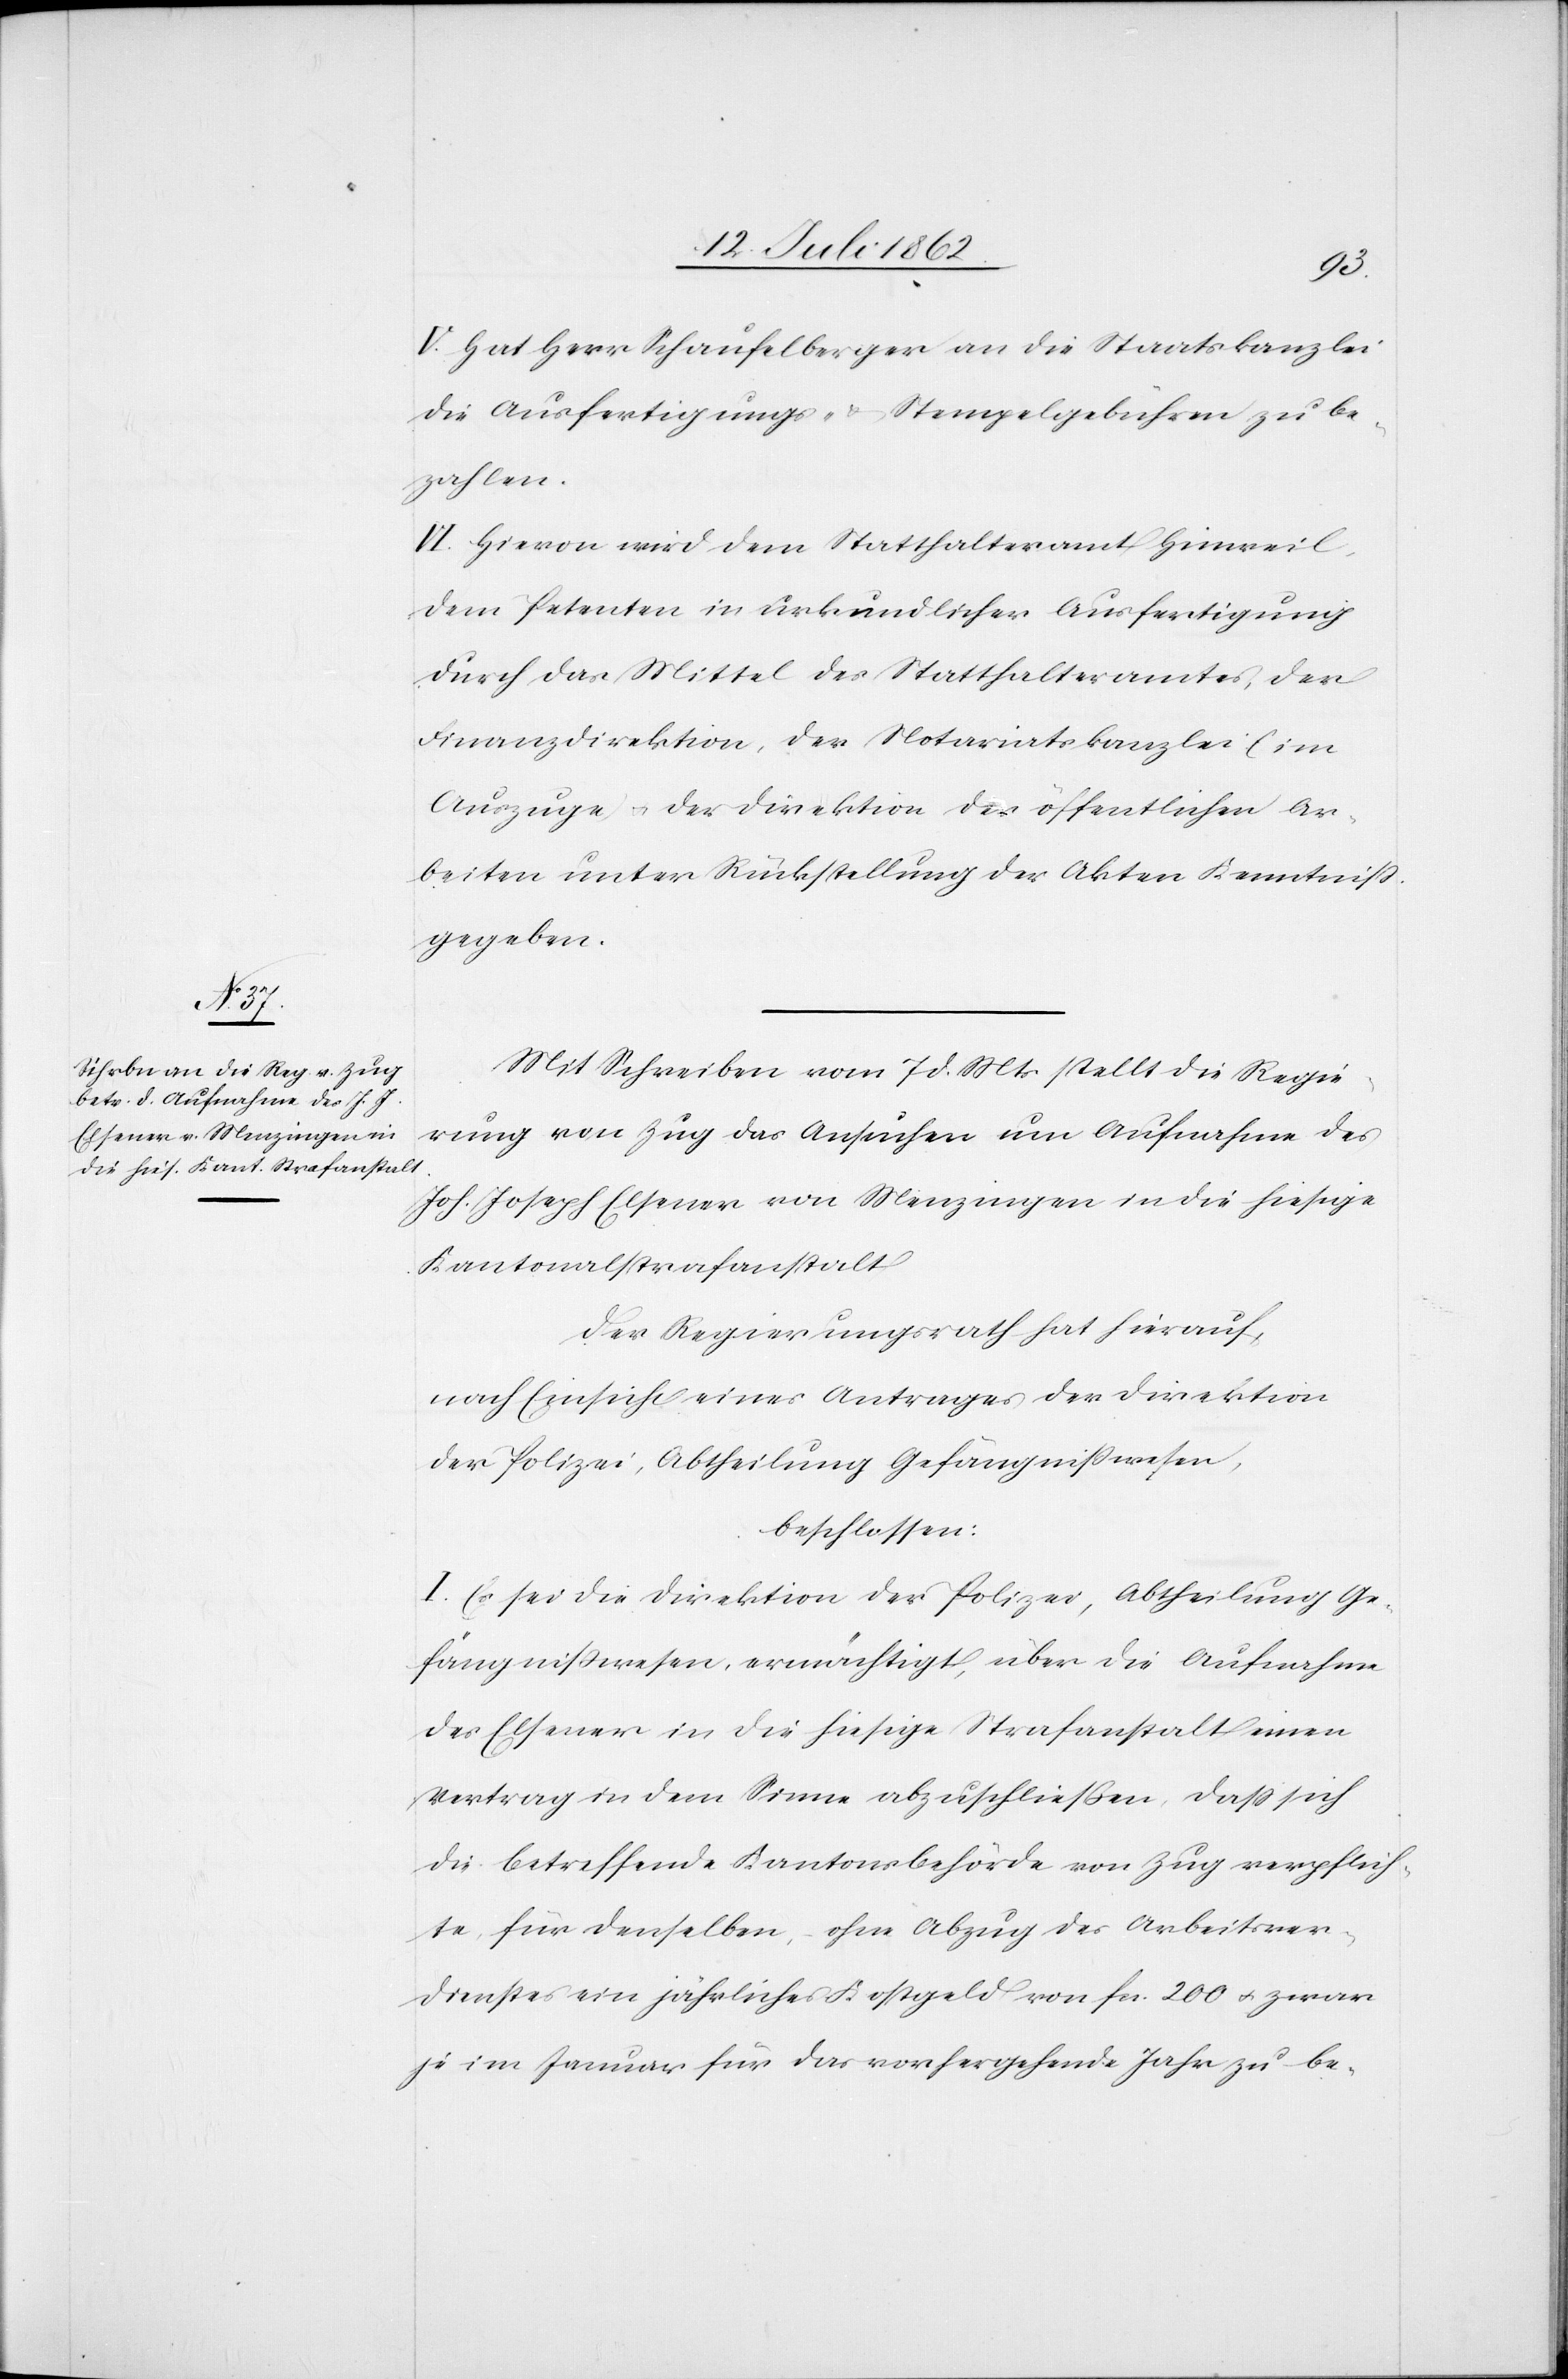
V. Hat Herr Schaufelberger an die Staatskanzlei
die Ausfertigungs- u. Stempelgebühren zu be¬
zahlen.
VI. Hievon wird dem Statthalteramt Hinweil
dem Petenten in urkundlicher Ausfertigung
durch das Mittel des Statthalteramtes, der
Finanzdirektion, der Notariatskanzlei (im
Auszuge) u. der Direktion der öffentlichen Ar¬
beiten unter Rückstellung der Akten Kenntniß
gegeben.
Mit Schreiben vom 7 d. Mts. stellt die Regie¬
rung von Zug das Ansuchen um Aufnahme des
Joh. Joseph Elsener von Menzingen an die hiesige
Kantonalstrafanstalt.
Der Regierungsrath hat hierauf,
nach Einsicht eines Antrages der Direktion
der Polizei, Abtheilung Gefängnißwesen,
beschlossen:
I. Es se die Direktion der Polizei, Abtheilung Ge¬
fängnißwesen, ermächtigt, über die Aufnahme
des Elsener in die hiesige Strafanstalt einen
Vertrag in dem Sinne abzuschließen, daß sich
die betreffende Kantonsbehörde von Zug verpflich¬
te, für denselben, ohne Abzug des Arbeitsver¬
dienstes ein jährliches Kostgeld von fcs. 200 u. zwar
je im Januar für das vorhergehende Jahr zu be-